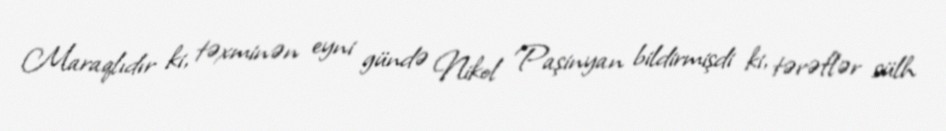
Maraqlıdır ki, təxminən eyni gündə Nikol Paşinyan bildirmişdi ki, tərəflər sülh